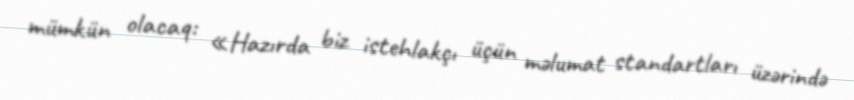
mümkün olacaq: «Hazırda biz istehlakçı üçün məlumat standartları üzərində